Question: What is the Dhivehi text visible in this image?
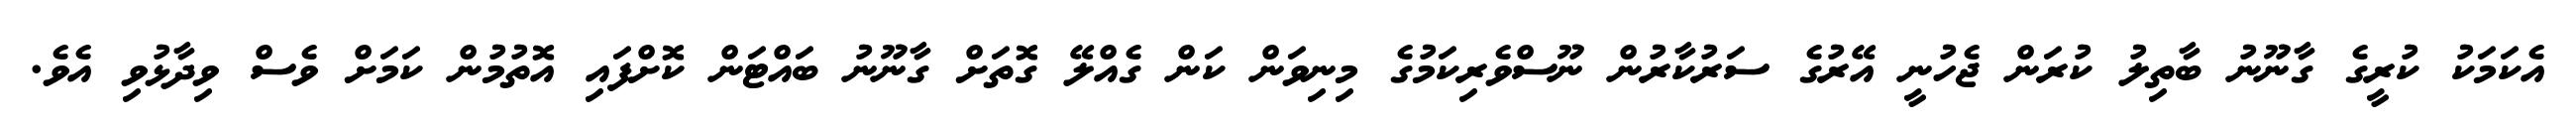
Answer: އެކަމަކު ކުރީގެ ގާނޫނު ބާތިލު ކުރަން ޖެހުނީ އޭރުގެ ސަރުކާރުން ނޫސްވެރިކަމުގެ މިނިވަން ކަން ގެއްލޭ ގޮތަށް ގާނޫނު ބައްޓަން ކޮށްފައި އޮތުމުން ކަމަށް ވެސް ވިދާޅުވި އެވެ.